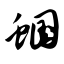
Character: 蝈